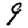
Digit: 9